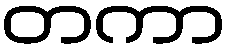
တကာ